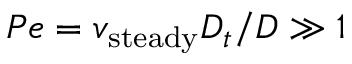
P e = v _ { \mathrm { s t e a d y } } D _ { t } / D \gg 1